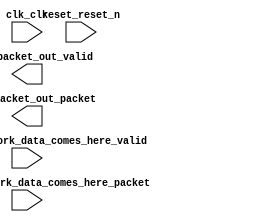

module nios2_withdram (
	acc_0_packet_out_packet,
	acc_0_packet_out_valid,
	clk_clk,
	nic_recv_0_network_data_comes_here_packet,
	nic_recv_0_network_data_comes_here_valid,
	reset_reset_n);	

	output	[127:0]	acc_0_packet_out_packet;
	output		acc_0_packet_out_valid;
	input		clk_clk;
	input	[127:0]	nic_recv_0_network_data_comes_here_packet;
	input		nic_recv_0_network_data_comes_here_valid;
	input		reset_reset_n;
endmodule